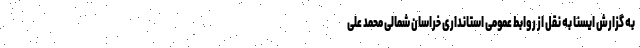
به گزارش ایسنا به نقل از روابط عمومی استانداری خراسان شمالی محمد علی